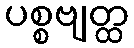
ပစ္စဗျတ္ထ